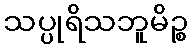
သပ္ပုရိသဘူမိဉ္စ